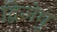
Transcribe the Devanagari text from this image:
द्विजेषु